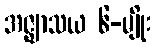
အဇ္ဈာသယ ၆-မျိုး